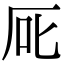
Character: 厑